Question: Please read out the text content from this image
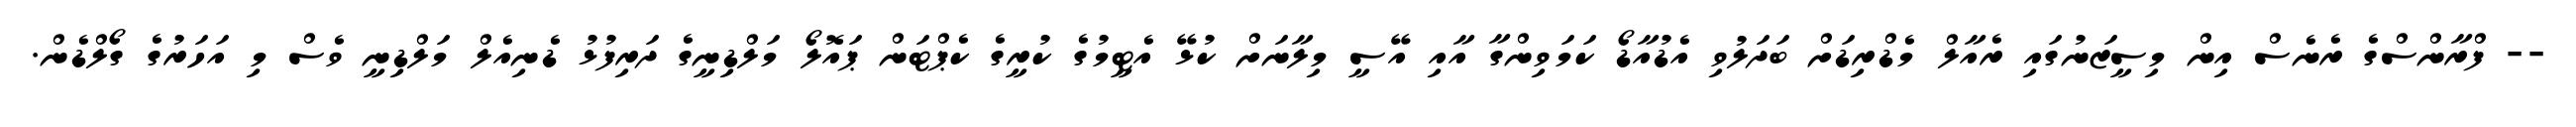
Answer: -- ފްރާންސްގެ ރެނެސް އިން މިސީޒަނުގައި ރެއާލް މެޑްރިޑަށް ބަދަލުވި އެޑުއާޑޯ ކަމަވިންގާ އާއި އޭސީ މިލާނަށް ކުޅޭ އެޓީމުގެ ކުރީގެ ކެޕްޓަން ޕައޮލޯ މަލްޑިނީގެ ދަރިފުޅު ޑެނިއެލް މަލްޑިނީ ވެސް މި އަހަރުގެ ގޯލްޑެން.